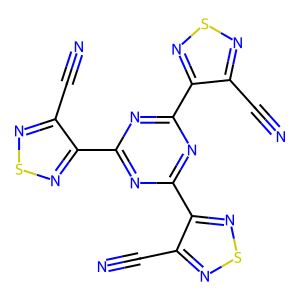
SMILES: N#Cc1nsnc1-c1nc(-c2nsnc2C#N)nc(-c2nsnc2C#N)n1
Inhibits HIV replication: No